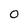
Character: 0